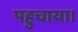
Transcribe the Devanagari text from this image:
पहुचाया।